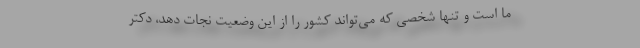
ما است و تنها شخصی که می‌تواند کشور را از این وضعیت نجات دهد، دکتر